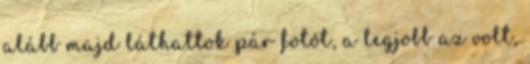
alább majd láthattok pár fotót, a legjobb az volt,